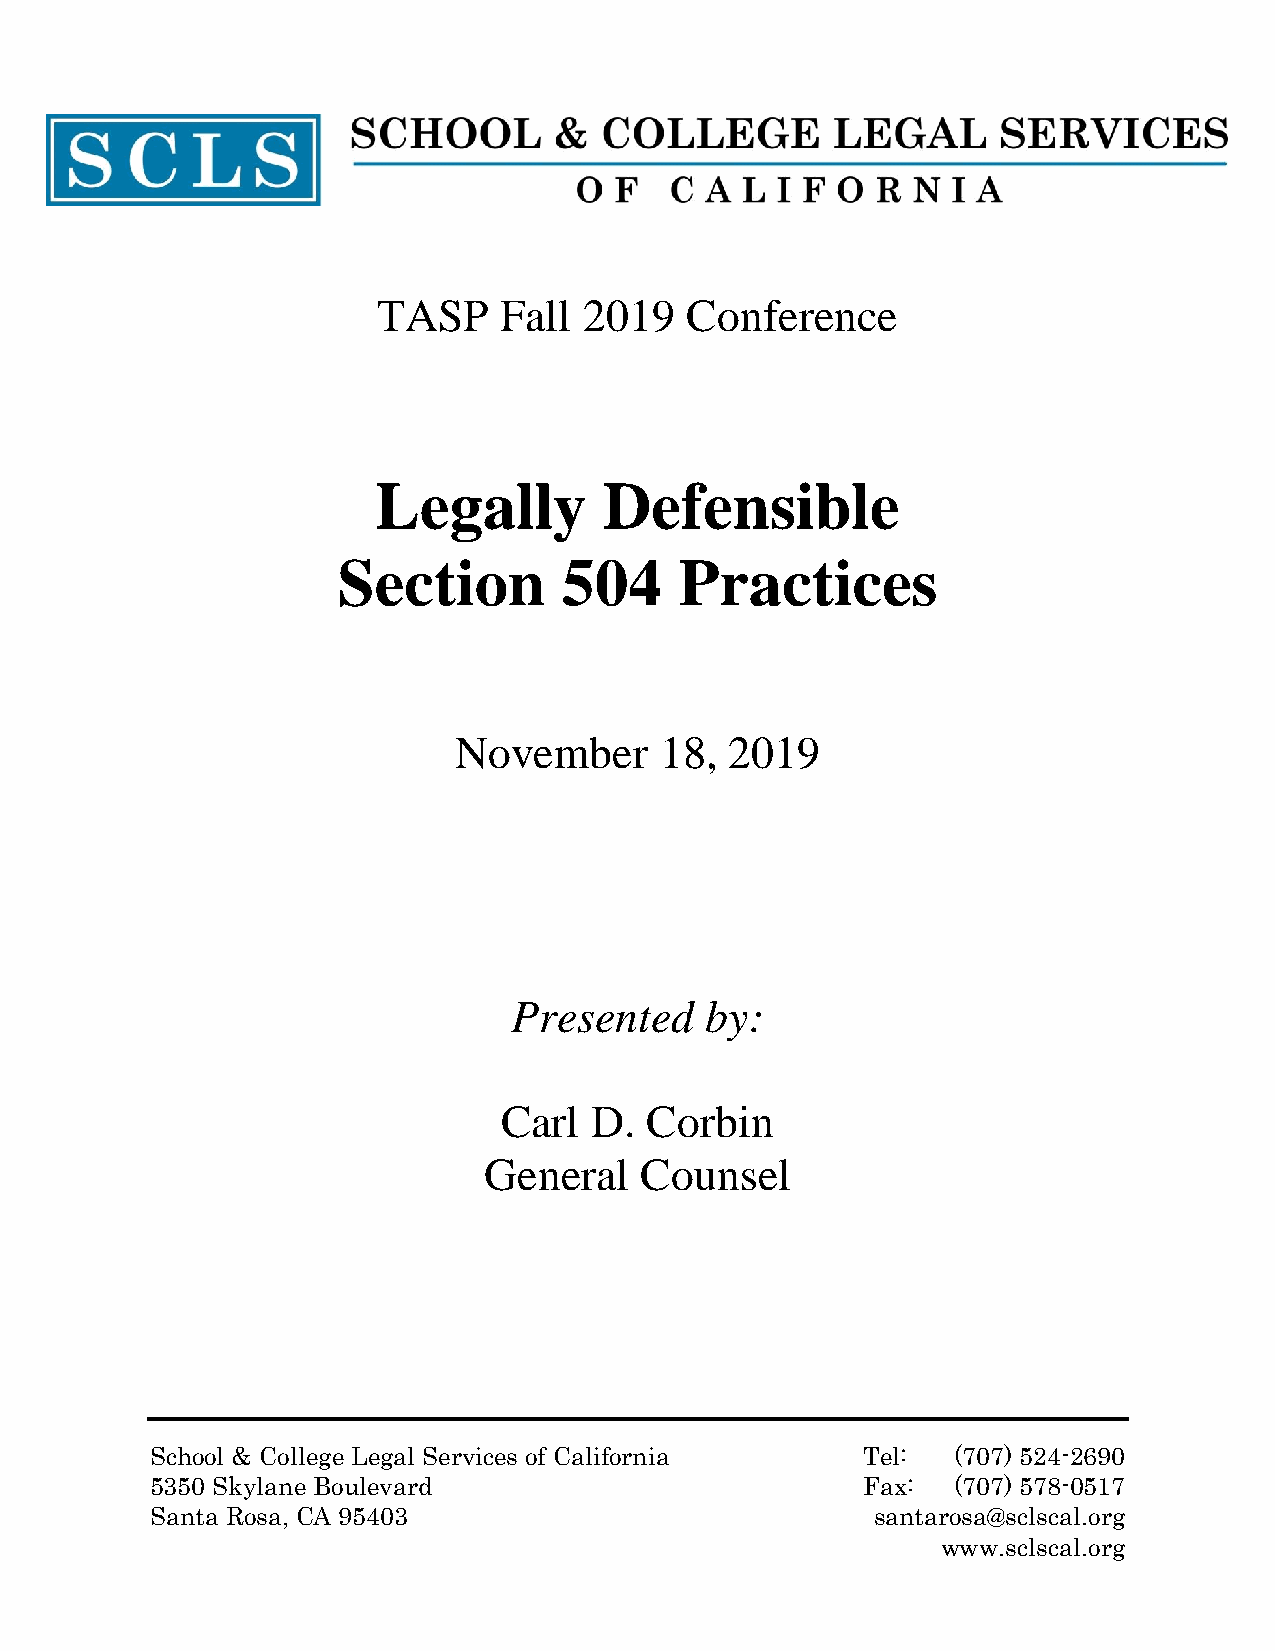
TASP    Fall  2019  Conference
 Legally        Defensible
 Section        504     Practices
 November      18, 2019
 Presented    by:
 Carl  D.  Corbin
 General   Counsel
 School & College Legal Services of California  Tel:  (707) 524-2690
 5350 Skylane Boulevard                         Fax:  (707) 578-0517
 Santa Rosa, CA 95403                            santarosa@sclscal.org
 www.sclscal.org